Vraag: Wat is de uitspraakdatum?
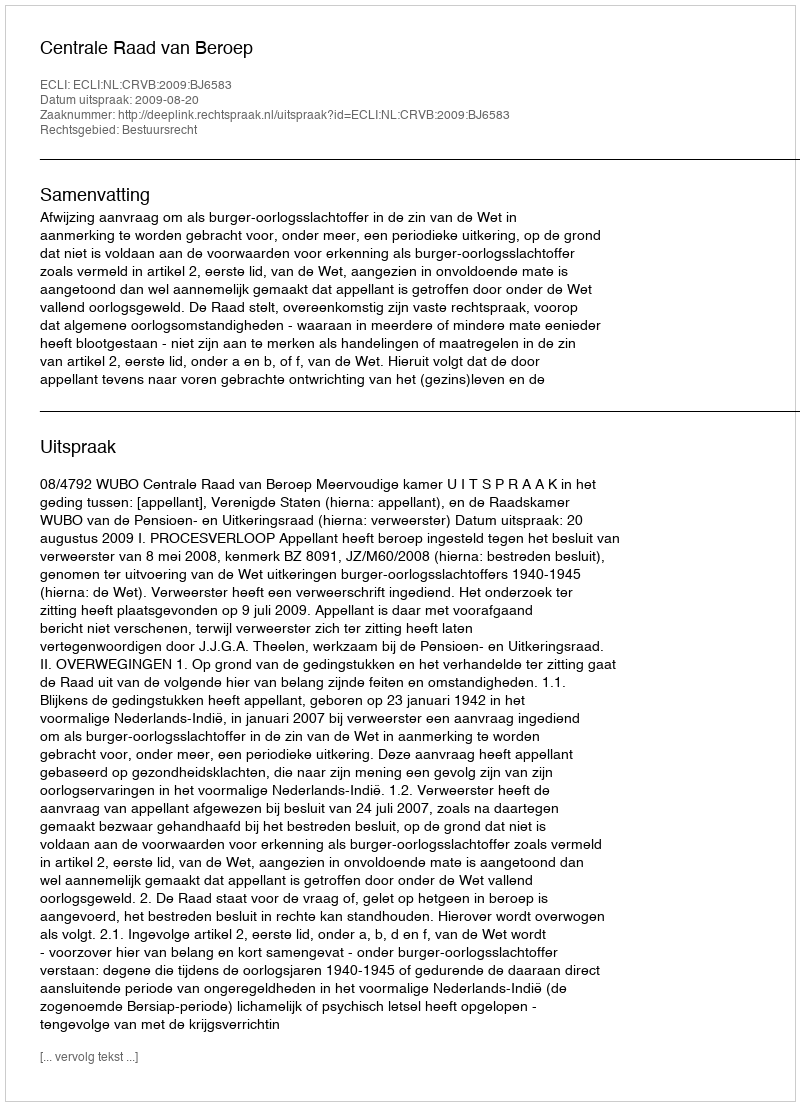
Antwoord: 2009-08-20